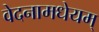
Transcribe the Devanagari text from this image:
वेदनामधेयम्